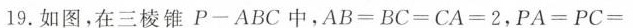
19.如图，在三棱锥P - A B C中，A B = B C = C A = 2，P A = P C =